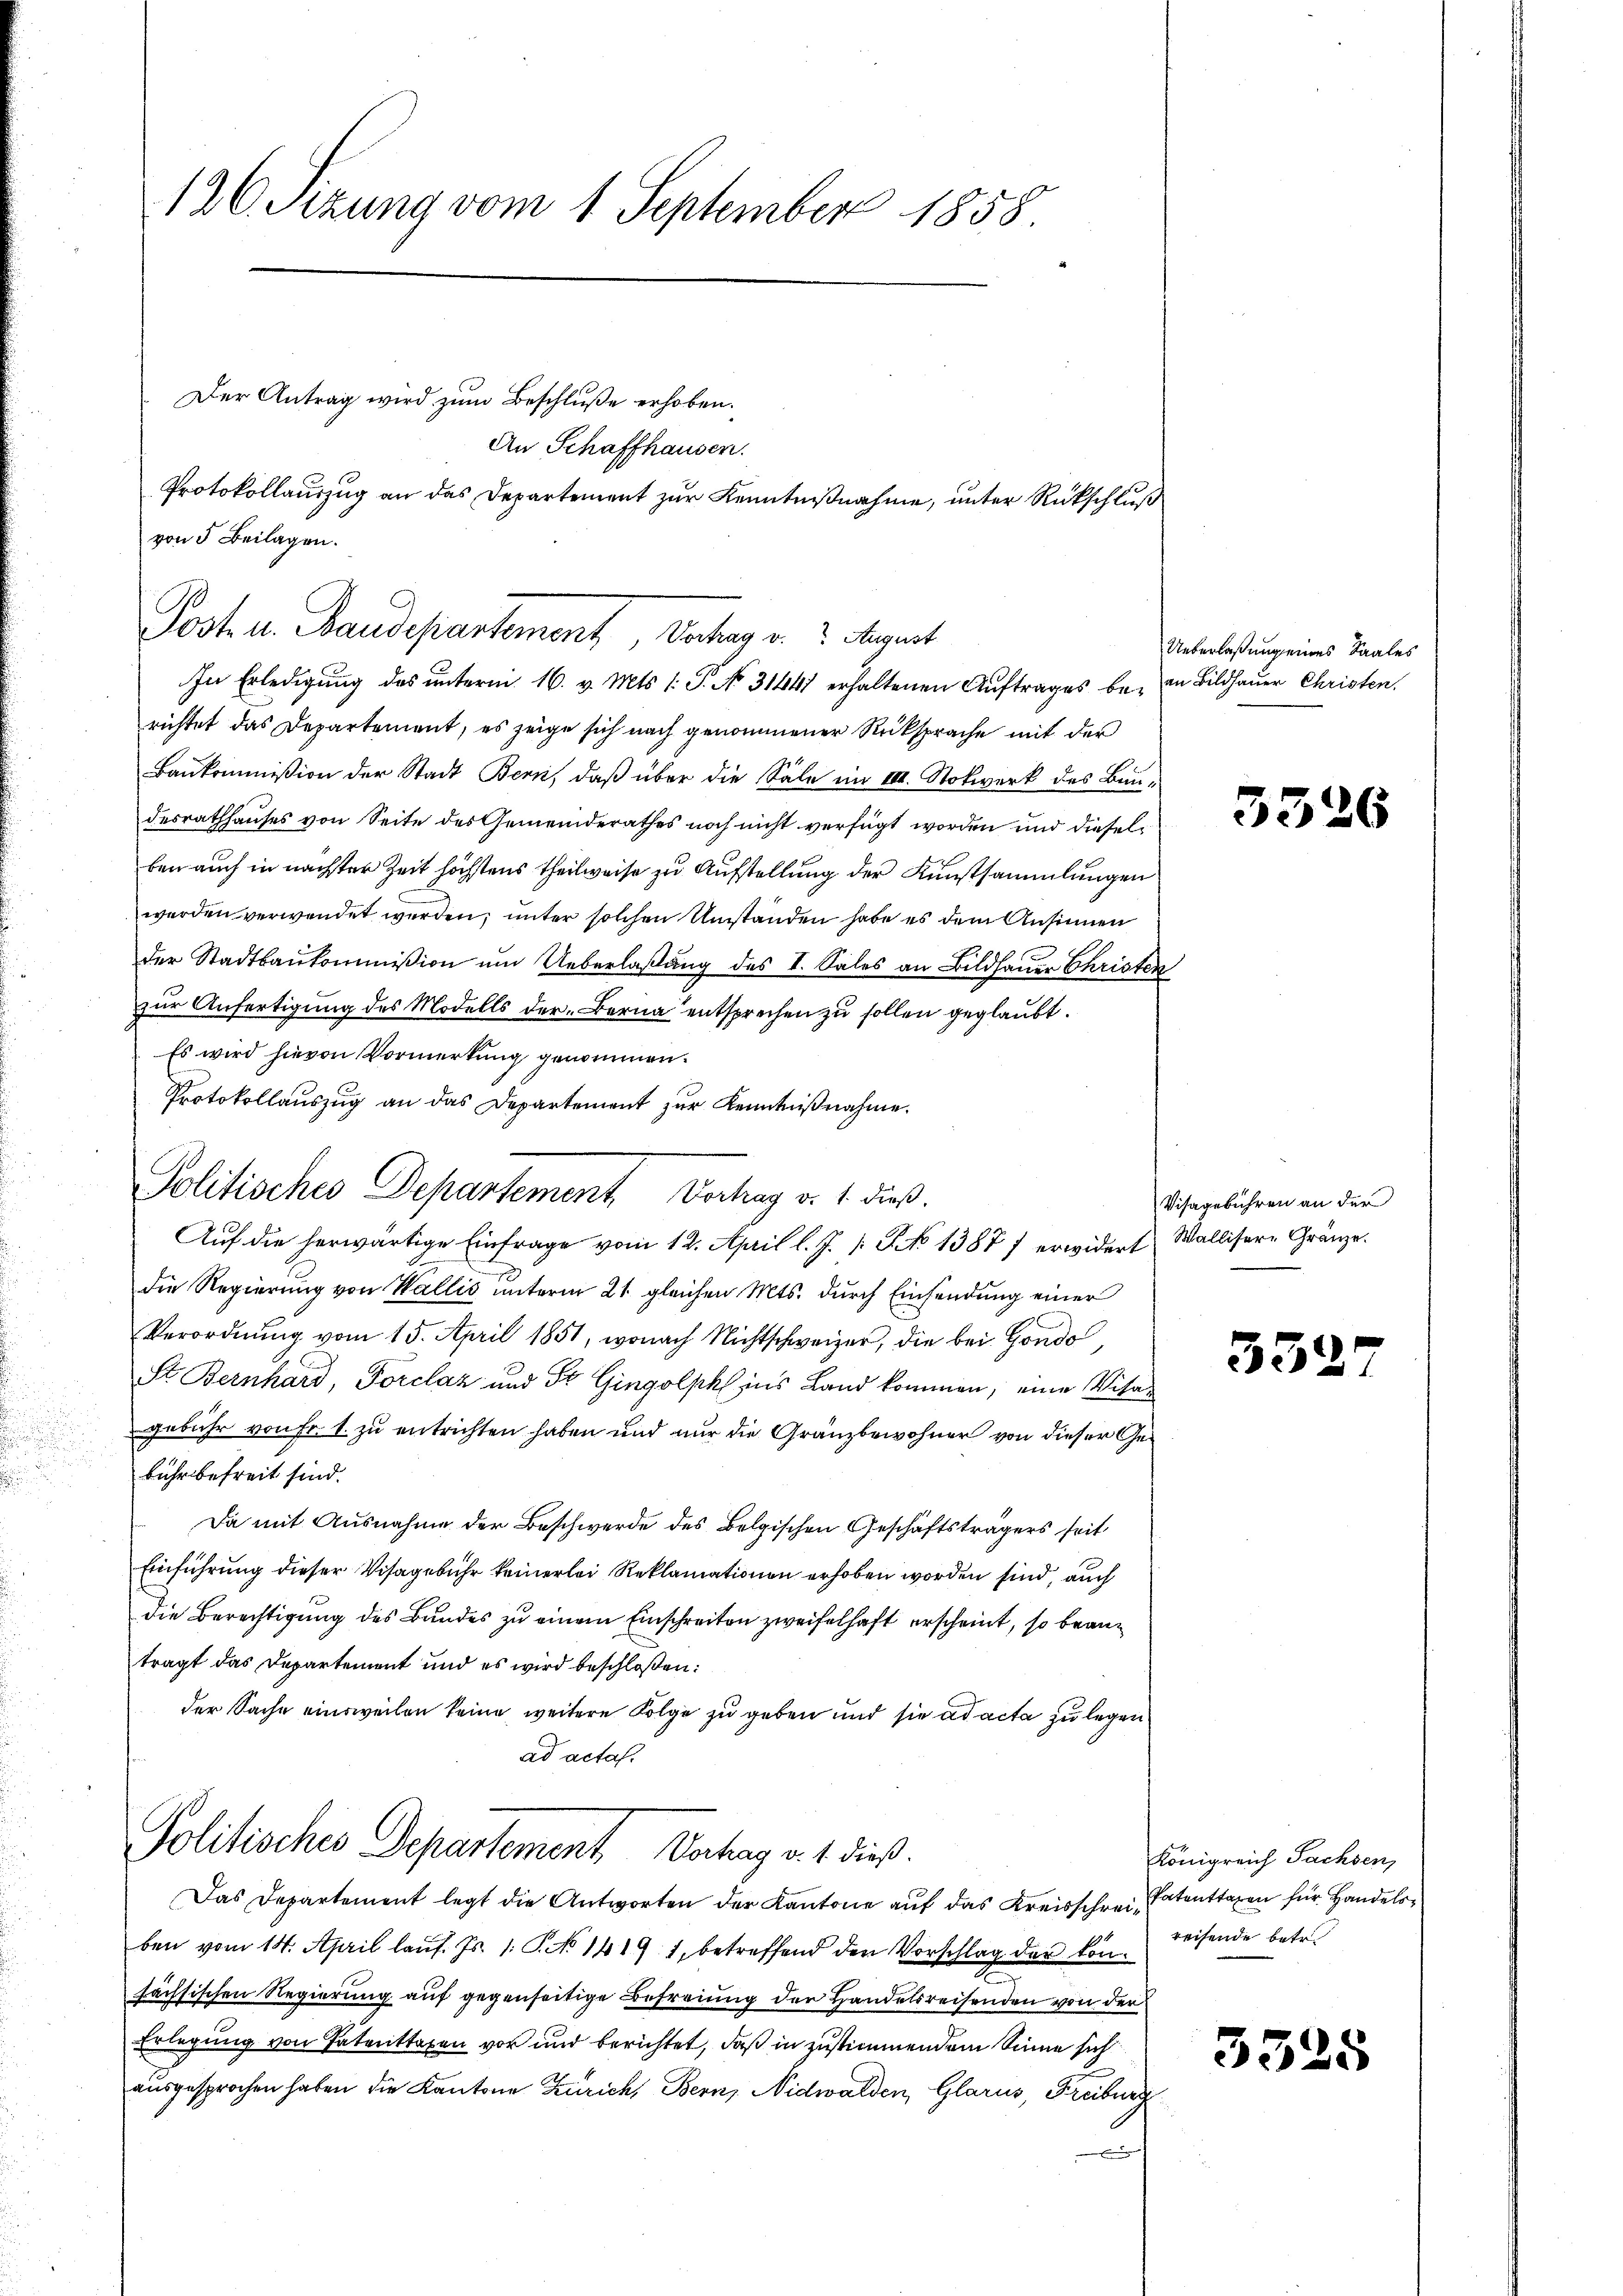
126. Sizung vom 1. September 1858

richtet das Departement, es zeige sich nach genommener Rücksprache mit der
Baukommißion der Stadt Bern, daß über die Säle im VIII. Stokwerk des Baudesrathhauses von Seite des Gemeinderathes noch nicht verfügt worden und dieselben auch in nächster Zeit höchstens Theilweise zu Aufstellung der Kunstsammlungen
werden verwendet werden, unter solchen Umständen habe es dem Ansinnen
der Stadtbaukommißion um Ueberlaßung des I. Sales an Bildhauer Christen
zur Anfertigung des Modells der Berna entsprechen zu sollen geglaubt.
Es wird hievon Vormerkung genommen.
Protokollauszug an das Departement zur Kenntnißnahme.
die Regierung von Wallis unterm 21. gleichen Mts. durch Einsendung einer
Verordnung vom 15. April 1851, wonach Nichtschweizer, die bei Hondo
St. Bernhard, Forclaz und Fr. Gingolph ins Land kommen, eine Visagebühr von Fr. 1. zu entrichten haben und nur die Gränzbewohner von dieser Gebuhrbefreit sind.
Da mit Ausnahme der Beschwerde des Belgischen Geschäftsträgers seit
Einführung dieser Visagebühr keinerlei Reklamationen erhoben worden sind, auch
die Berechtigung des Bundes zu einem Einschreiten zweifelhaft erscheint, so beanträgt das Departement und es wird beschloßen:
der Sache einsweilen keine weitere Folge zu geben und sie ad acta zu legen
ad acta.
Politisches Departement Verhag v. 1. dieß.
Das Departement legt die Antworten der Kantone auf das Kreisschrein Patentaren für Handelsben vom 14. April laŭf. Js. 1. P. No 1419 1, betreffend den Vorschlag der könhächsischen Regierung auf gegenseitige Befreiung der Handelsreisenden von der
Erlegung von Patenttaxen vor und berichtet, daß in zustimmendem Sinne sich
ausgesprochen haben die Kantone Zürich, Bern, Nidwalden, Glarus, Freiburg

Der Antrag wird zum Beschluße erhoben.
An Schaffhausen.
Protokollauszug an das Departement zur Kenntnißnahme, unter Rückschluß

von 5 Beilagen.
Post u. Baudepartement, Vortrag v. 2. August
In Erledigung des ŭnterm 16. v. Mts. l. J. No. 31441 erhaltenen Aŭftrages bei in Bildhaŭer Christen.

Politisches Departement Bochag v. 1. dieß.
Aŭf die herwärtige Einfrage vom 12. April l. J. 1. P. No 1387 f erwidert Wallisere Gränze.

Ueberlaßung eines Saales

3326

Visagebühren an der

552

Königreich Sachsen,
reisende betr.

3525